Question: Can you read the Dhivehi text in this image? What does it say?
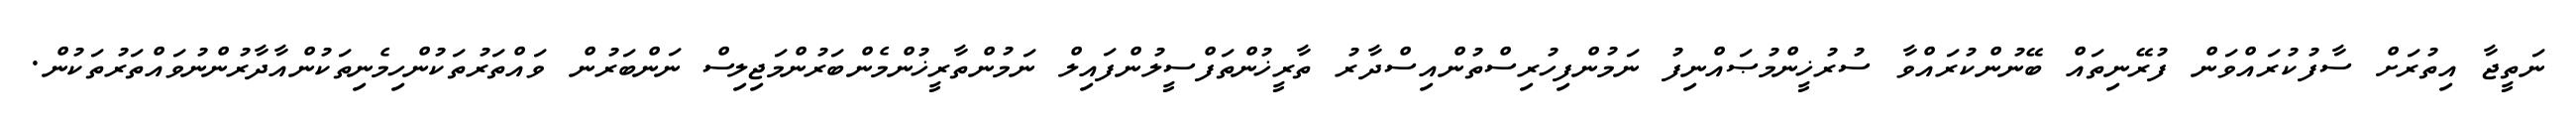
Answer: ނަތީޖާ އިތުރަށް ސާފުކުރައްވަން ފުރޭނިތައް ބޭނުންކުރައްވާ ސުރުޚީންމުޞައްނިފު ނަމުންފިހުރިސްތުންއިސްދާރު ތާރީޚުންތަފްސީލުންފައިލް ނަމުންތާރީޚުންމެންބަރުންމަޖިލިސް ނަންބަރުން ވައްތަރުތަކުންހިމެނިތަކުންއާދާރުންނުވައްތަރުތަކުން.